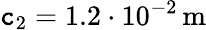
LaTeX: \mathtt{c}_{2}=1.2\cdot10^{-2}\, \mathrm{{m}}